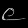
Digit: ၉